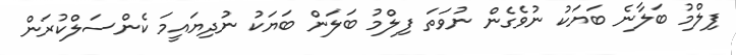
ފިލްމު ބަލާނެ ބަޔަކު ނުވެގެން ނުވަތަ ފިލްމު ބަލަން ބަޔަކު ނުދިޔައީމަ ކެންސަލްކުރަން